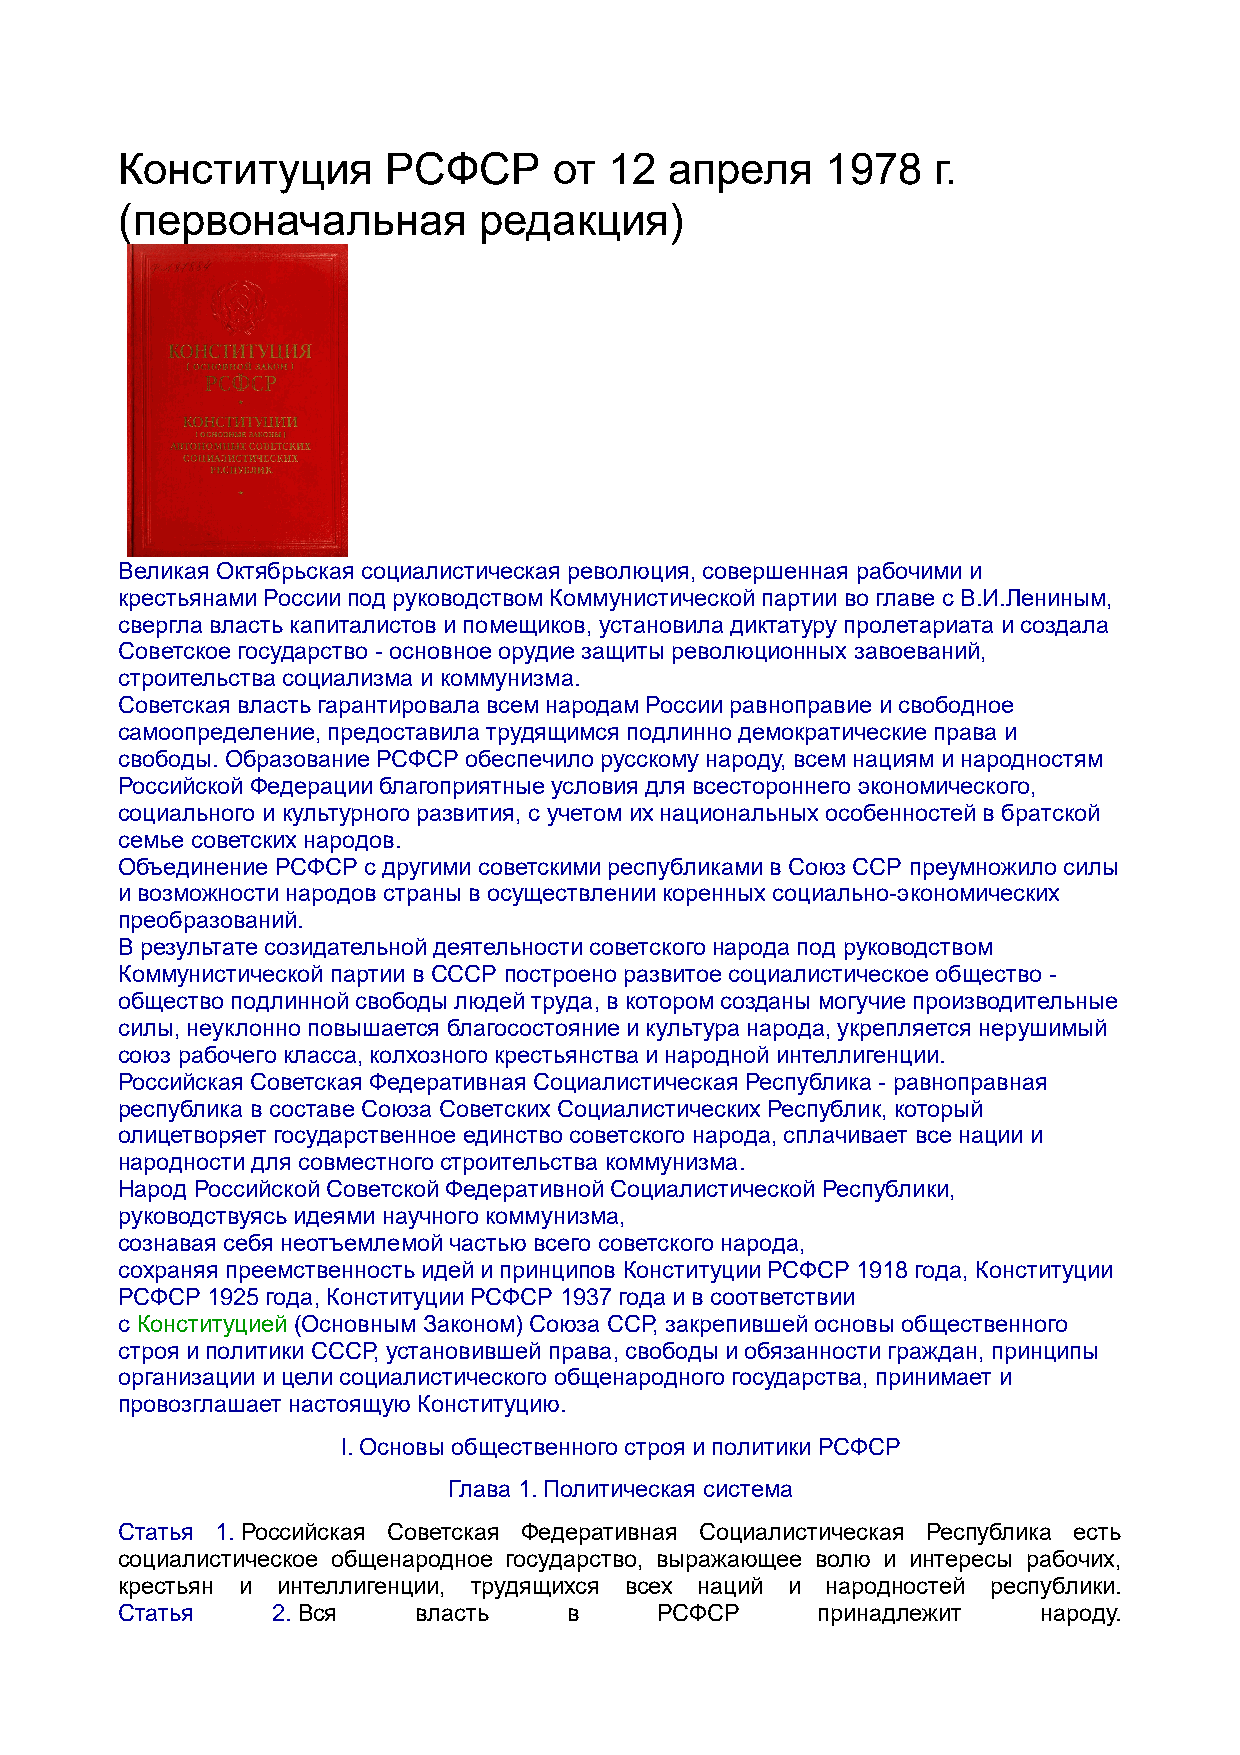
Конституция       РСФСР      от 12  апреля     1978   г.
 (первоначальная         редакция)
 Великая Октябрьская социалистическая революция, совершенная рабочими и
 крестьянами России под руководством Коммунистической партии во главе с В.И.Лениным,
 свергла власть капиталистов и помещиков, установила диктатуру пролетариата и создала
 Советское государство - основное орудие защиты революционных завоеваний,
 строительства социализма и коммунизма.
 Советская власть гарантировала всем народам России равноправие и свободное
 самоопределение, предоставила трудящимся подлинно демократические права и
 свободы. Образование РСФСР обеспечило русскому народу, всем нациям и народностям
 Российской Федерации благоприятные условия для всестороннего экономического,
 социального и культурного развития, с учетом их национальных особенностей в братской
 семье советских народов.
 Объединение РСФСР с другими советскими республиками в Союз ССР преумножило силы
 и возможности народов страны в осуществлении коренных социально-экономических
 преобразований.
 В результате созидательной деятельности советского народа под руководством
 Коммунистической партии в СССР построено развитое социалистическое общество -
 общество подлинной свободы людей труда, в котором созданы могучие производительные
 силы, неуклонно повышается благосостояние и культура народа, укрепляется нерушимый
 союз рабочего класса, колхозного крестьянства и народной интеллигенции.
 Российская Советская Федеративная Социалистическая Республика - равноправная
 республика в составе Союза Советских Социалистических Республик, который
 олицетворяет государственное единство советского народа, сплачивает все нации и
 народности для совместного строительства коммунизма.
 Народ Российской Советской Федеративной Социалистической Республики,
 руководствуясь идеями научного коммунизма,
 сознавая себя неотъемлемой частью всего советского народа,
 сохраняя преемственность идей и принципов Конституции РСФСР 1918 года, Конституции
 РСФСР 1925 года, Конституции РСФСР 1937 года и в соответствии
 с Конституцией (Основным Законом) Союза ССР, закрепившей основы общественного
 строя и политики СССР, установившей права, свободы и обязанности граждан, принципы
 организации и цели социалистического общенародного государства, принимает и
 провозглашает настоящую Конституцию.
 I. Основы общественного строя и политики РСФСР
 Глава 1. Политическая система
 Статья 1. Российская Советская Федеративная Социалистическая Республика есть
 социалистическое общенародное государство, выражающее волю и интересы рабочих,
 крестьян и интеллигенции, трудящихся всех наций и народностей республики.
 Статья    2. Вся    власть    в     РСФСР     принадлежит    народу.